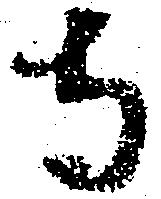
寺